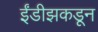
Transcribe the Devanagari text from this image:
ईंडीझकडून